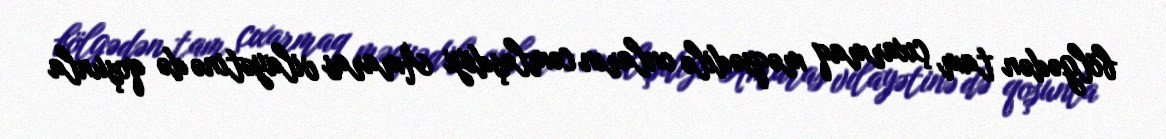
bölgədən tam çıxarmaq məqsədilə onların cəmləşdiyi Amaras vilayətinə də qoşunla